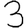
Digit: 3